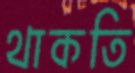
থাকতি